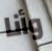
وأنا